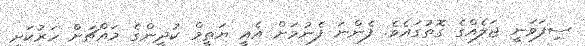
ސިފަވަނީ ޖަލެއްގެ ގޮތުގައެވެ. ފެންނަ ފެނުމަށް އެއީ ޔަތީމް ކުދީންގެ މައްޗަށް ހަރުކަށި